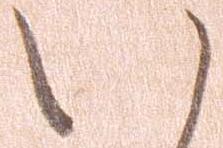
い